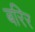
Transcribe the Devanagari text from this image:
बरिर